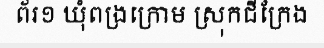
ព័រ១ ឃុំពង្រក្រោម ស្រុកជីក្រែង